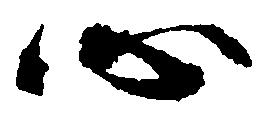
心